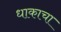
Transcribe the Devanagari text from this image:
धाकाचा